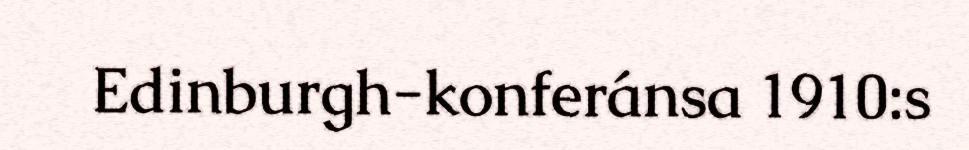
Edinburgh-konferánsa 1910:s